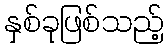
နှစ်ခုဖြစ်သည့်